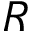
R